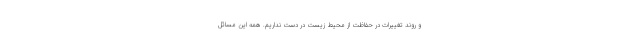
و روند تغییرات در حفاظت از محیط زیست در دست نداریم. همه این مسائل